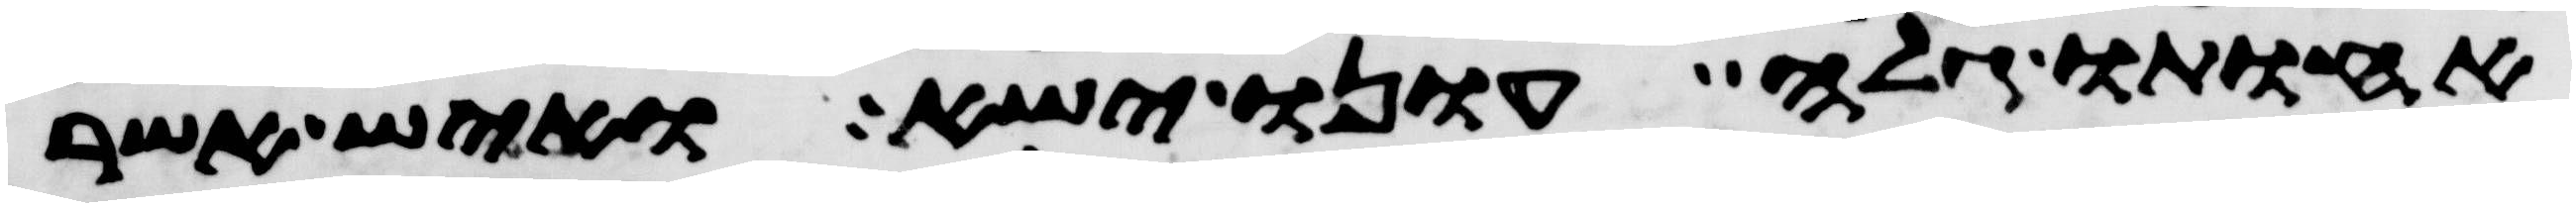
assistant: אחותו גלה עונו ישא ואיש אשר